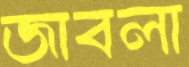
জাবলা